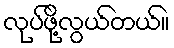
လုပ်ဖို့လွယ်တယ်။